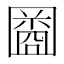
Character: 𫭒